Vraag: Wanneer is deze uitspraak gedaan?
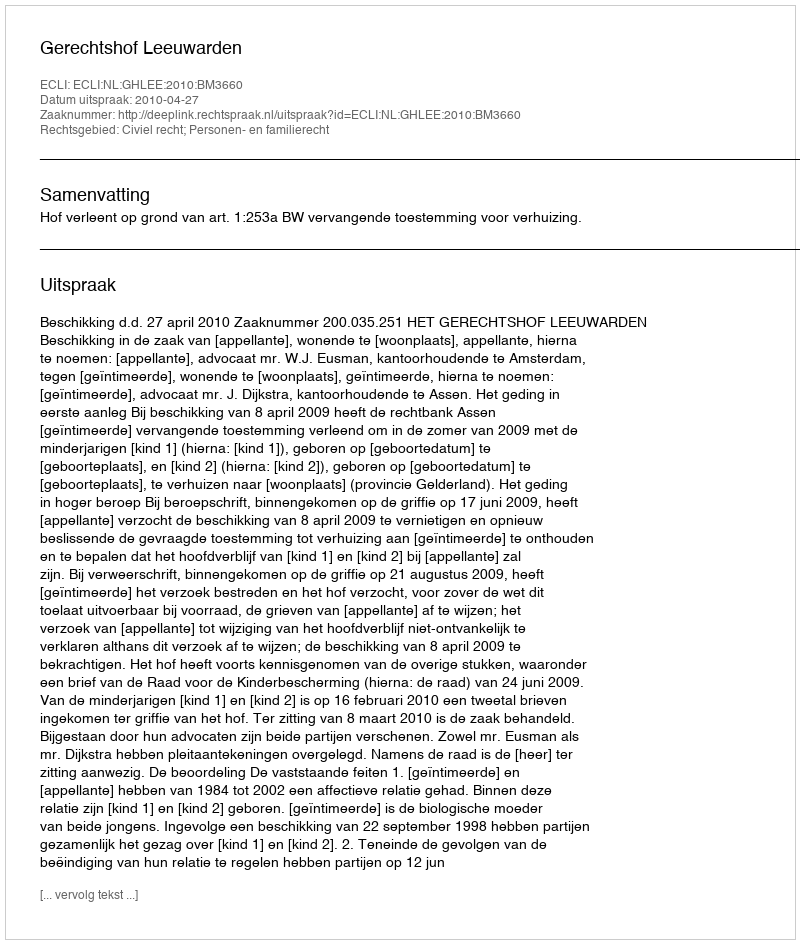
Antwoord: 2010-04-27